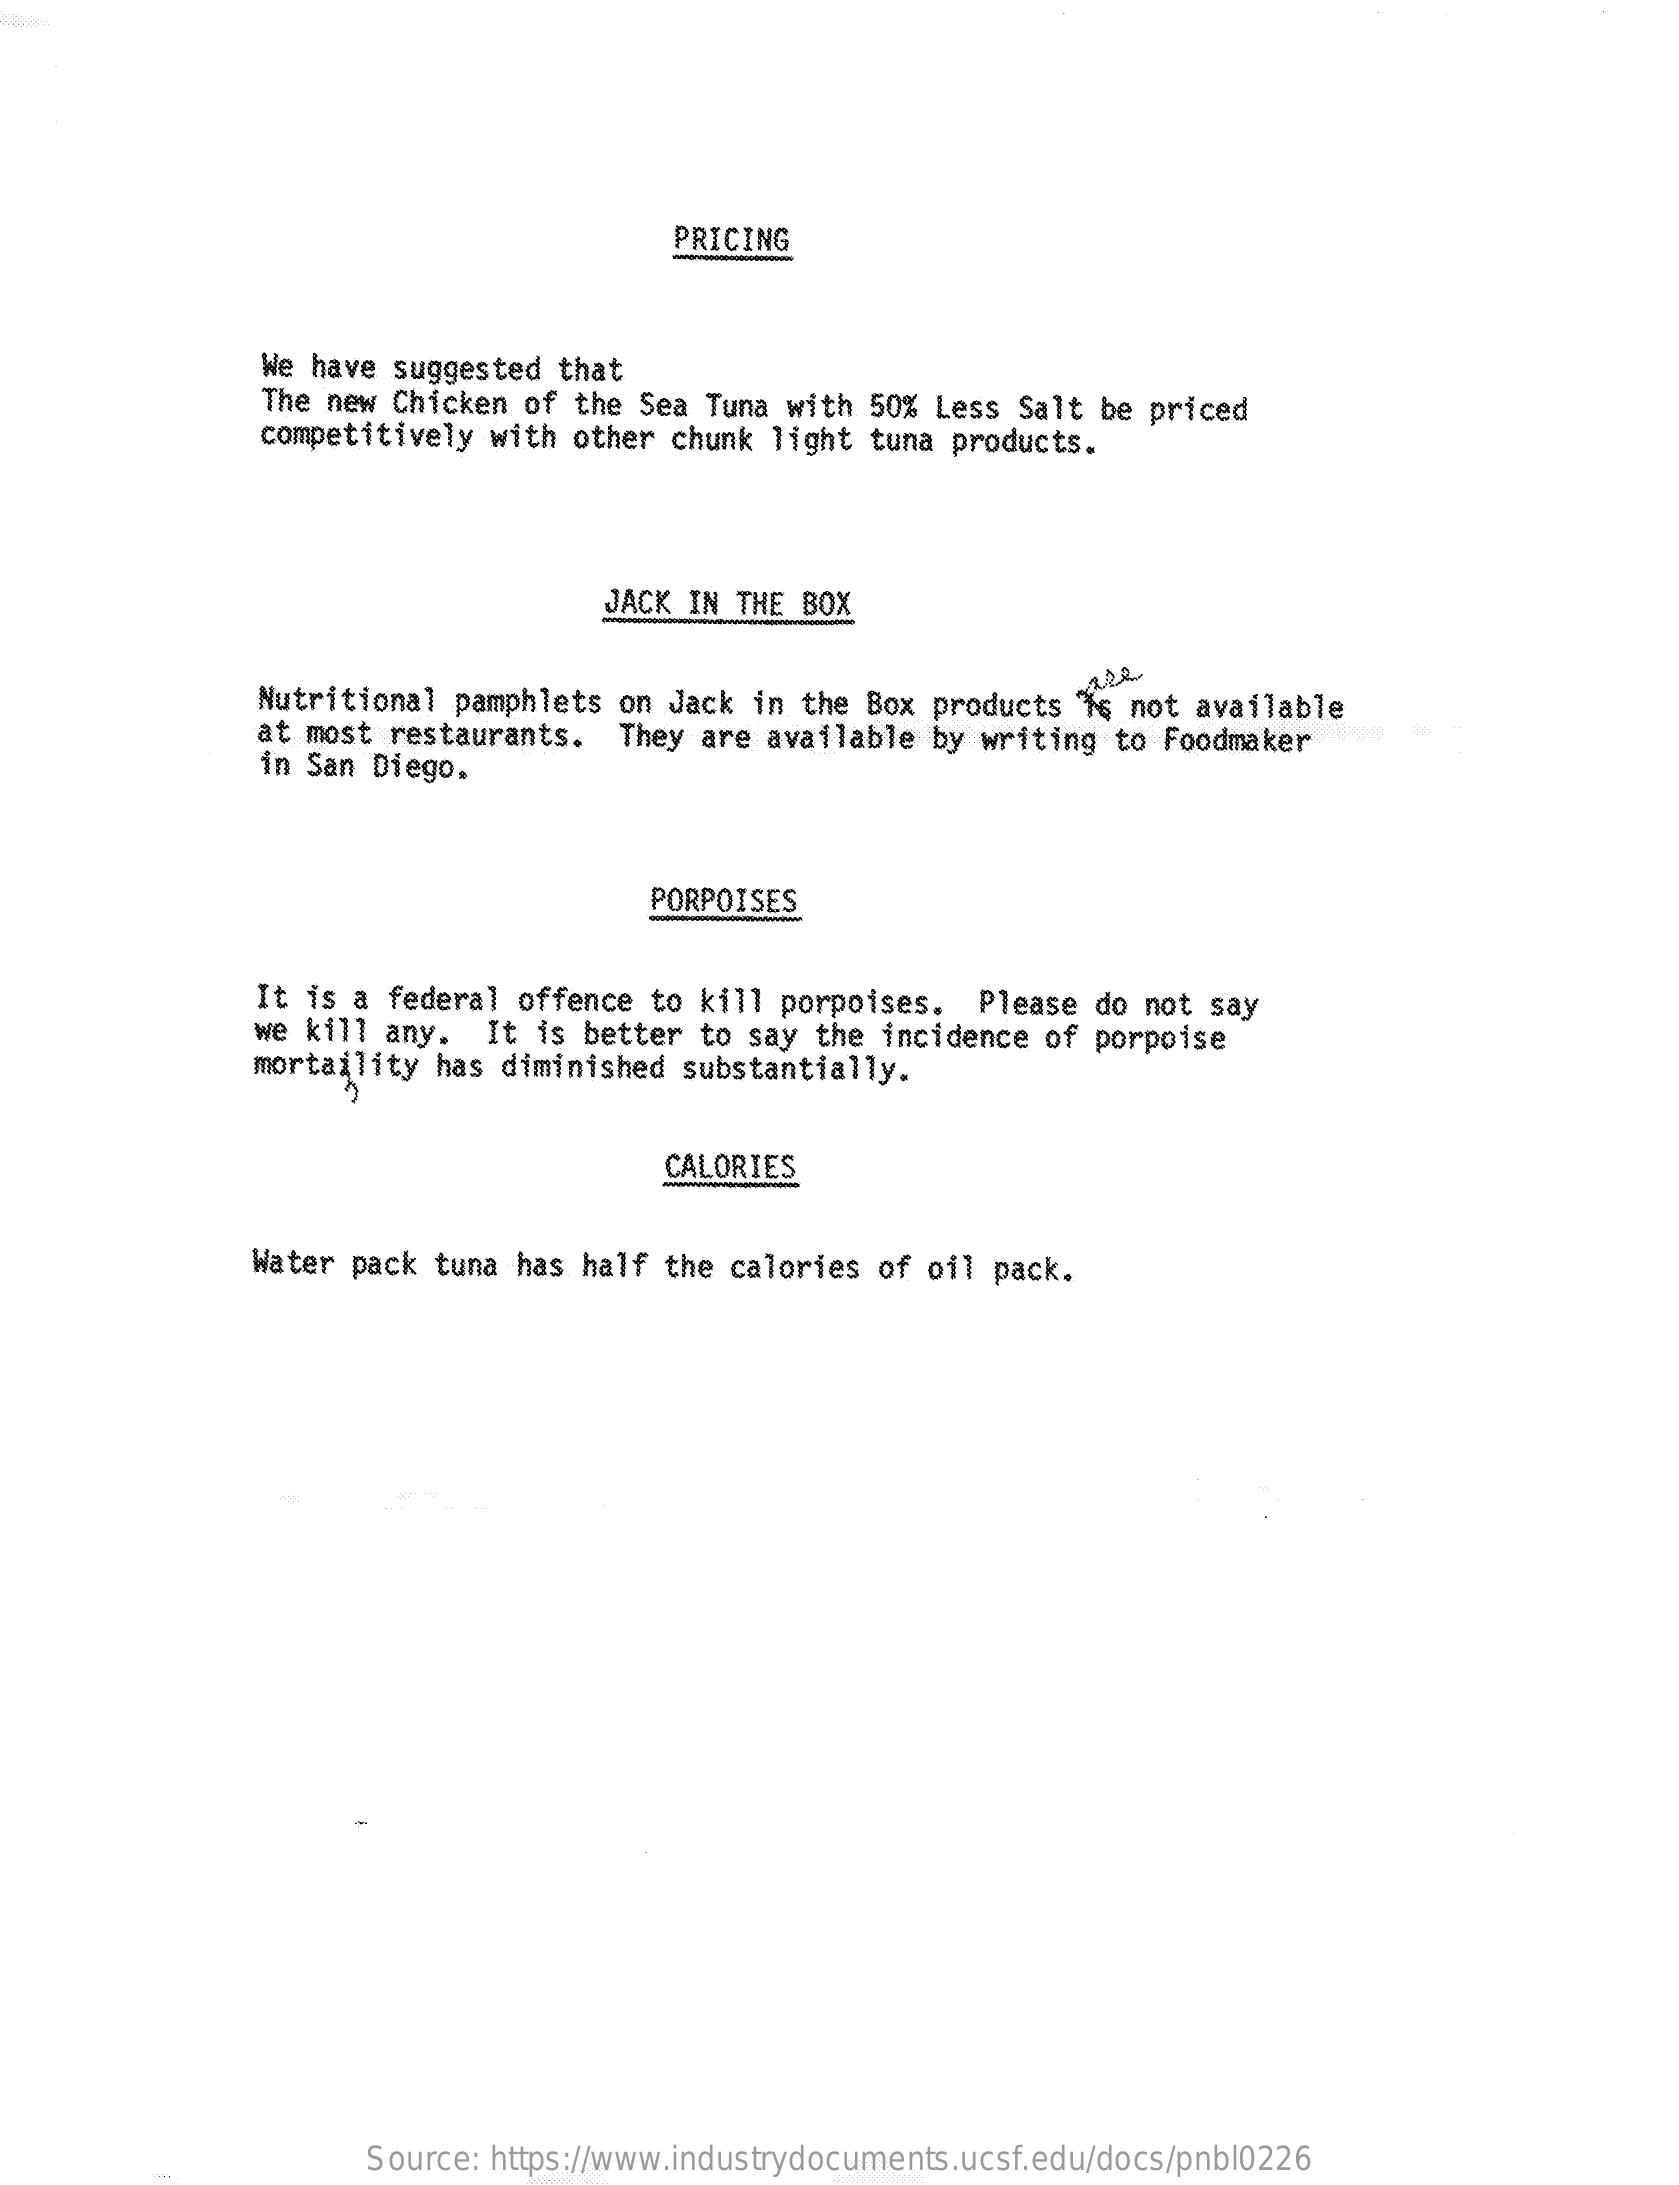
PRICING
     We have suggested that
     The new Chicken of the Sea Tuna with 50% Less  Salt be priced
     competitively with other chunk light tuna  products.
     JACK IN THE BOX
     Nutritional pamphlets  on Jack in the Box products  Is not available
     at most restaurants.   They are available by writing  to Foodmaker
     in San Diego.
     PORPOISES
     It is a federal offence  to kill porpoises.  Please  do not say
     we kill any.  It  is better to say the incidence of porpoise
     mortaility has diminished  substantially.
     CALORIES
     Water pack tuna has half  the calories of oil pack.
     Source: https://www.industrydocuments.ucsf.edu/docs/pnbl0226